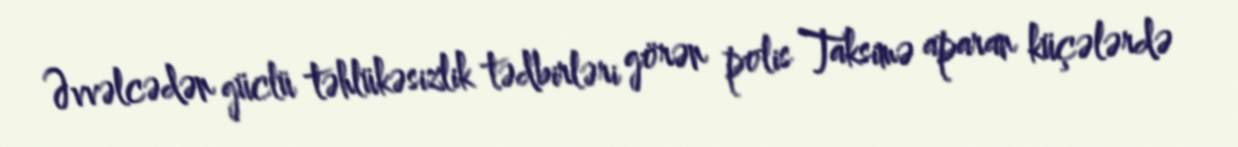
Əvvəlcədən güclü təhlükəsizlik tədbirləri görən polis Taksimə aparan küçələrdə